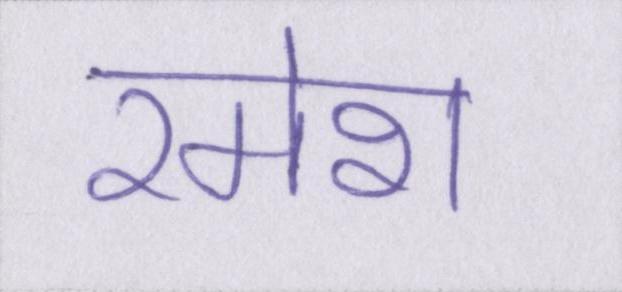
रमेश